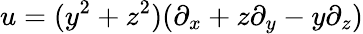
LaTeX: u=(y^{2}+z^{2})(\partial_{x}+z\partial_{y}-y\partial_{z})